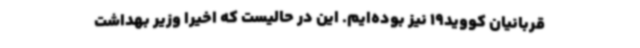
قربانیان کووید19 نیز بوده‌ایم. این در حالیست که اخیرا وزیر بهداشت